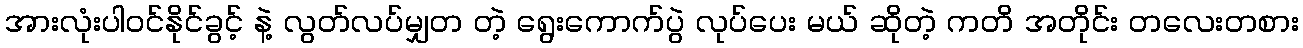
အားလုံးပါဝင်နိုင်ခွင့် နဲ့ လွတ်လပ်မျှတ တဲ့ ရွေးကောက်ပွဲ လုပ်ပေး မယ် ဆိုတဲ့ ကတိ အတိုင်း တလေးတစား